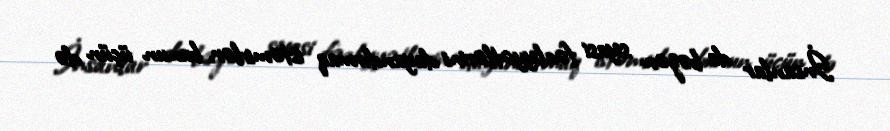
İnsanlar da bəzən siyasi fəaliyyətlərini dayandırmaq istəmirlər, bunun üçün də